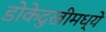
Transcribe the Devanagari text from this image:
डोकेदुखीमध्ये